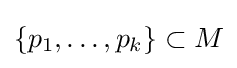
\{p_{1},\ldots ,p_{k}\}\subset M